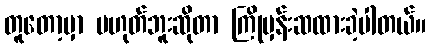
တူတော့မှာ မဟုတ်ဘူးဆိုတာ ကြိုမှန်းဆထားခဲ့ပါတယ်။